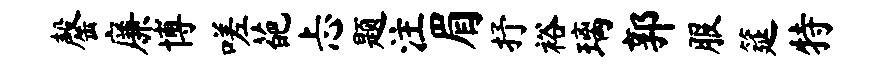
罄廉博嗟葩忐题注眉抒裕璃郭服筵特